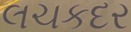
લચકદર